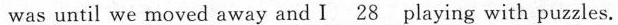
was until we moved away and I \underline{28} playing with puzzles.